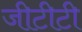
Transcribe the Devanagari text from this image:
जीटीटी